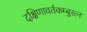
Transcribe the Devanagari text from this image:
दक्षिणावर्तकम्बुरत्न